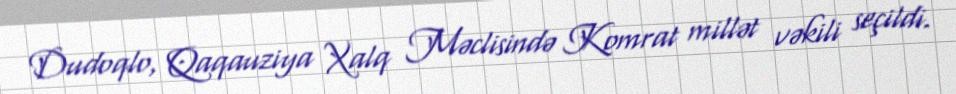
Dudoqlo, Qaqauziya Xalq Məclisində Komrat millət vəkili seçildi.